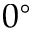
0 ^ { \circ }